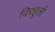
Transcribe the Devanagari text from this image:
विरहुली